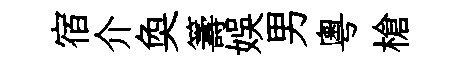
宿介奐籌娱男粤槍